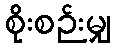
စိုးစဉ်းမျှ